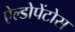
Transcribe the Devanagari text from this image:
ऐल्डोपेंटोस